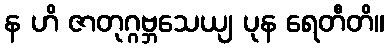
န ဟိ ဇာတုဂ္ဂဗ္ဘသေယျ ပုန ရေတီတိ။